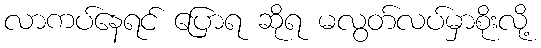
လာကပ်နေရင် ပြောရ ဆိုရ မလွတ်လပ်မှာစိုးလို့